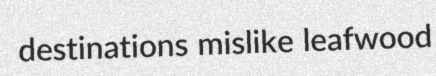
destinations mislike leafwood